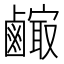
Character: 𪉼